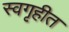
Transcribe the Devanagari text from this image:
स्वगृहीत